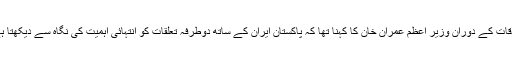
ملاقات کے دوران وزیر اعظم عمران خان کا کہنا تھا کہ پاکستان ایران کے ساتھ دوطرفہ تعلقات کو انتہائی اہمیت کی نگاہ سے دیکھتا ہے۔